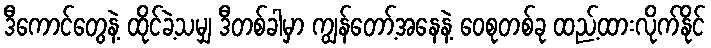
ဒီကောင်တွေနဲ့ ထိုင်ခဲ့သမျှ ဒီတစ်ခါမှာ ကျွန်တော့်အနေနဲ့ ဝေစုတစ်ခု ထည့်ထားလိုက်နိုင်